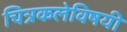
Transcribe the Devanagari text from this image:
चित्रकलेविषयी